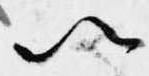
以